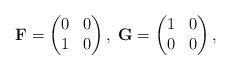
LaTeX: \begin{align*}\mathbf{F} = \begin{pmatrix}0 & 0\\1 & 0\end{pmatrix} ,\; \mathbf{G} = \begin{pmatrix}1 & 0\\0 & 0\end{pmatrix}, \end{align*}